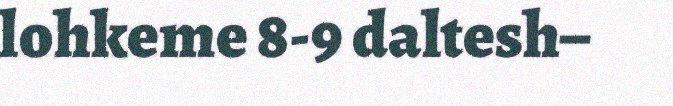
lohkeme 8-9 daltesh–